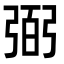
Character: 弼